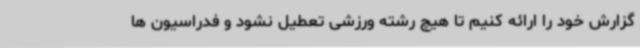
گزارش خود را ارائه کنیم تا هیچ رشته ورزشی تعطیل نشود و فدراسیون ها